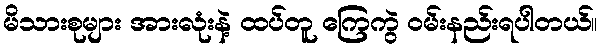
မိသားစုများ အားလုံးနဲ့ ထပ်တူ ကြေကွဲ ဝမ်းနည်းရပါတယ်။